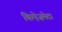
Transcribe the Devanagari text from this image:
किऐज़मेटा